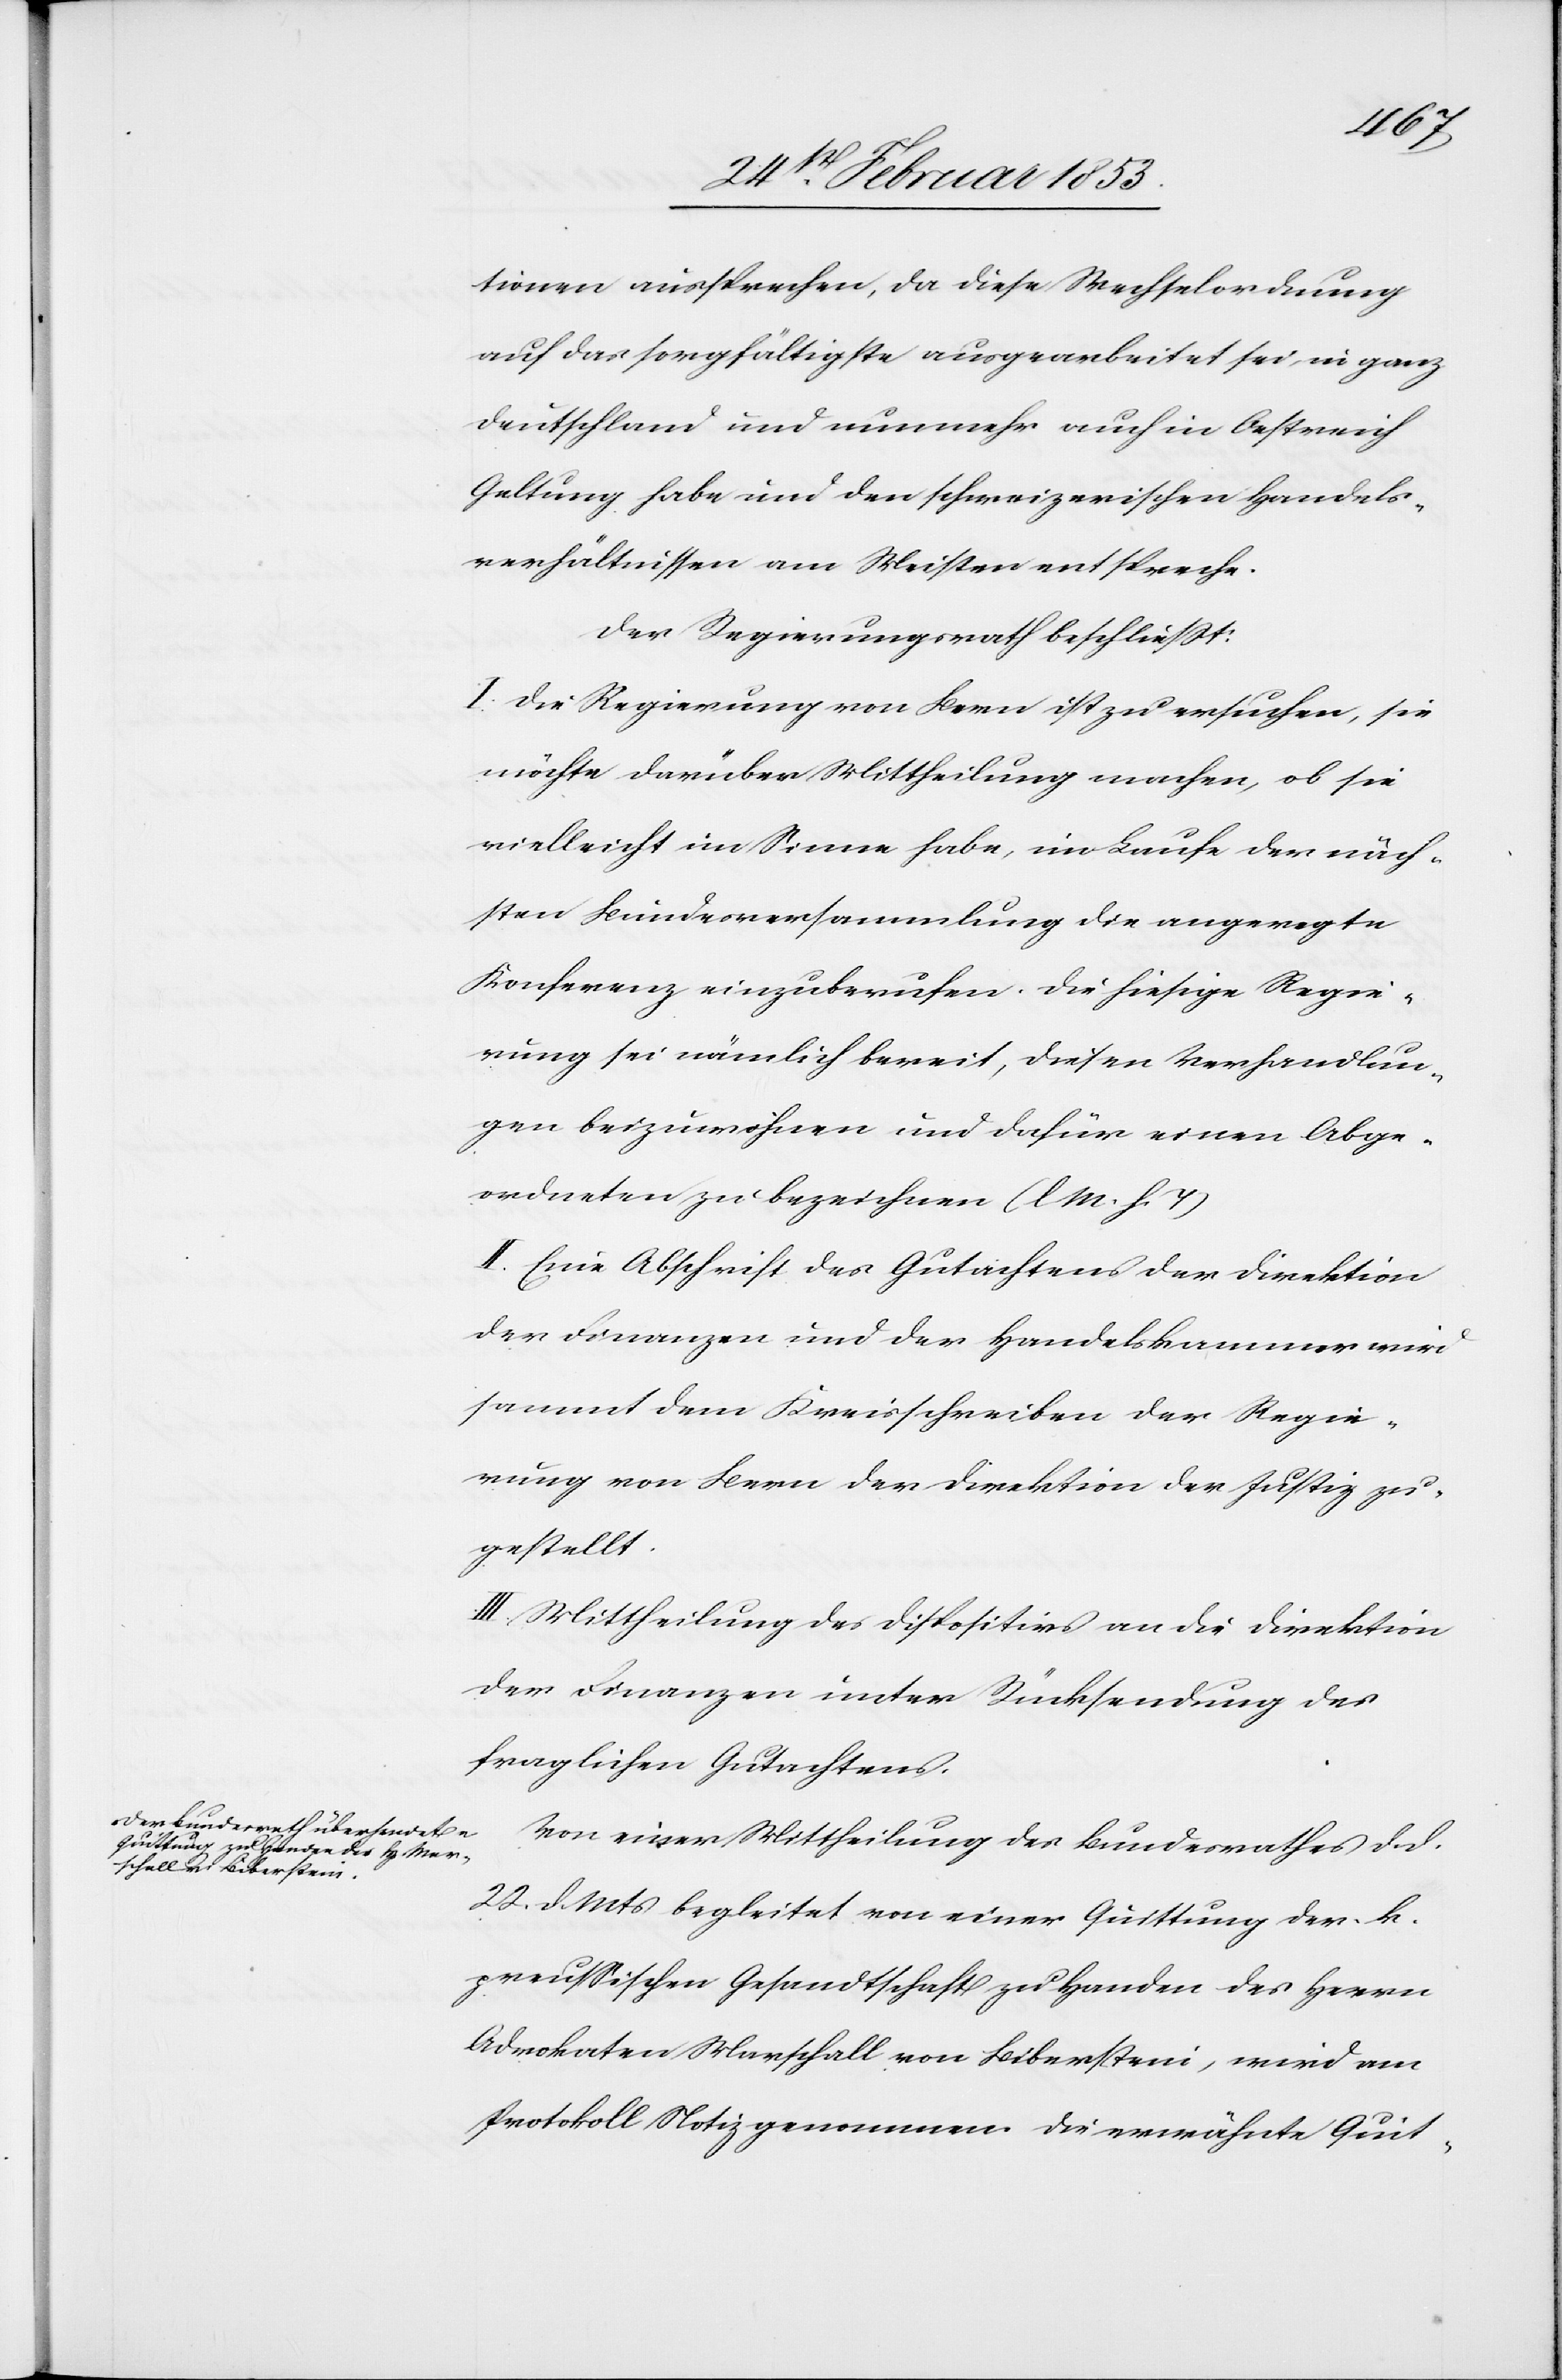
tionen aussprechen, da diese Wechselordnung
auf das sorgfältigste ausgearbeitet sei, in ganz
Deutschland und nunmehr auch in Oesterreich
Geltung habe und den schweizerischen Handels¬
verhältnissen am Meisten entspreche.
Der Regierungsrath beschließt:
I. Die Regierung von Bern ist zu ersuchen, sie
möchte darüber Mittheilung machen, ob sie
vielleicht im Sinne habe, im Laufe der näch¬
sten Bundesversammlung die angeregte
Konferenz einzuberufen. Die hiesige Regie¬
rung sei nämlich bereit, diesen Verhandlun¬
gen beizuwohnen und dafür einen Abge¬
ordneten zu bezeichnen [l. M. h. T]
II. Eine Abschrift des Gutachtens der Direktion
der Finanzen und der Handelskammer wird
sammt dem Kreisschreiben der Regie¬
rung von Bern der Direktion der Justiz zu¬
gestellt.
III. Mittheilung des Dispositivs an die Direktion
der Finanzen unter Rücksendung des
fraglichen Gutachtens.
Von einer Mittheilung des Bundesrathes d. d.
22 d. Mts. begleitet von einer Quittung der k.
preußischen Gesandtschaft zu Handen des Herrn
Advokaten Marschall von Bibersteni, wird am
Protokoll Notiz genommen. Die erwähnte Quit-